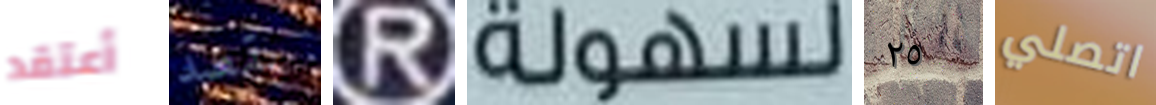
أعتقد بقصد R لسهولة ٢٥ اتصلي